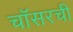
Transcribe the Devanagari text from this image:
चॉसरची